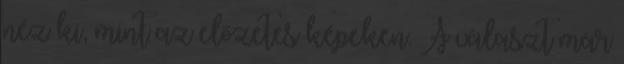
néz ki, mint az előzetes képeken. A választ már